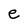
Character: e